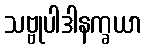
သဗ္ဗုပါဒါနက္ခယာ